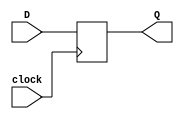
module d_flip_flop (
    input wire D,
    input wire clock,
    output reg Q
);

always @(posedge clock) begin
    Q <= D;
end

endmodule